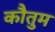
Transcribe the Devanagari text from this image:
कौतुम